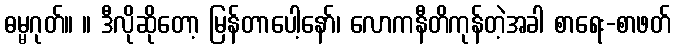
ဓမ္မဂုတ်။ ။ ဒီလိုဆိုတော့ မြန်တာပေါ့နော်၊ လောကနီတိကုန်တဲ့အခါ စာရေး-စာဖတ်